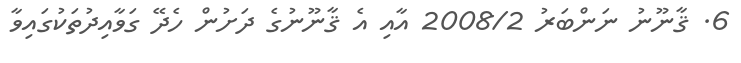
6. ޤާނޫނު ނަންބަރު 2008/2 އާއި އެ ޤާނޫނުގެ ދަށުން ހެދޭ ގަވާއިދުތަކުގައިވާ